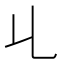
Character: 𠃏